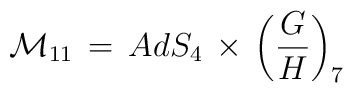
{\cal M}_{11} \, = \, AdS_{4} \, \times \,\left(\frac{G}{H}\right)_7